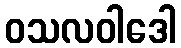
ဝသလဝါဒေါ